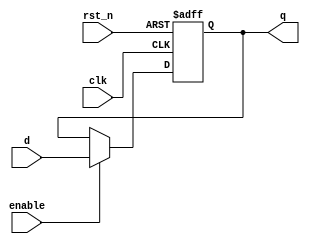
module d_flip_flop (
    input wire clk,        // Clock input
    input wire rst_n,     // Active-low reset
    input wire enable,     // Enable signal
    input wire d,         // Data input
    output reg q          // Data output
);

// Always block triggered on the rising edge of the clock
always @(posedge clk or negedge rst_n) begin
    if (!rst_n) begin
        // Asynchronous reset
        q <= 1'b0; // Reset output to 0
    end else if (enable) begin
        // Non-blocking assignment for D flip-flop behavior
        q <= d; // Update output with data input
    end
    // If enable is low, output remains unchanged
end

endmodule